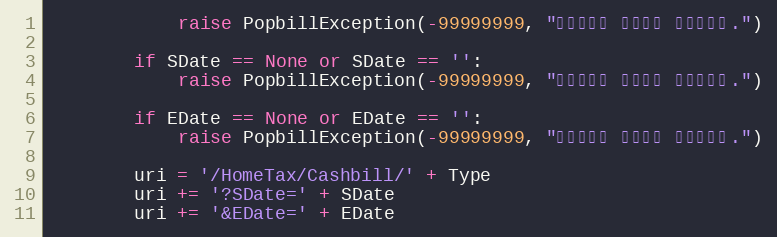
Language: Python
            raise PopbillException(-99999999, "문서형태이 입력되지 않았습니다.")

        if SDate == None or SDate == '':
            raise PopbillException(-99999999, "시작일자가 입력되지 않았습니다.")

        if EDate == None or EDate == '':
            raise PopbillException(-99999999, "종료일자가 입력되지 않았습니다.")

        uri = '/HomeTax/Cashbill/' + Type
        uri += '?SDate=' + SDate
        uri += '&EDate=' + EDate